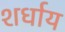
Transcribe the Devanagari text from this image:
शर्धाय